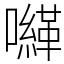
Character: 𡃈